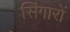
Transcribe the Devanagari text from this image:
सिंगारों